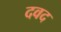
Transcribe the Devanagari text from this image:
दवद